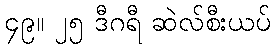
၄၉။ ၂၅ ဒီဂရီ ဆဲလ်စီးယပ်